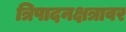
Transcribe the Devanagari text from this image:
त्रिपादनक्षत्रावर